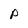
Character: P